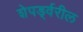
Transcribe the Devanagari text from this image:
शेपर्ड्वरील